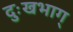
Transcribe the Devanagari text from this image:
दुःखभाग्